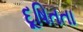
દૂષિતતા